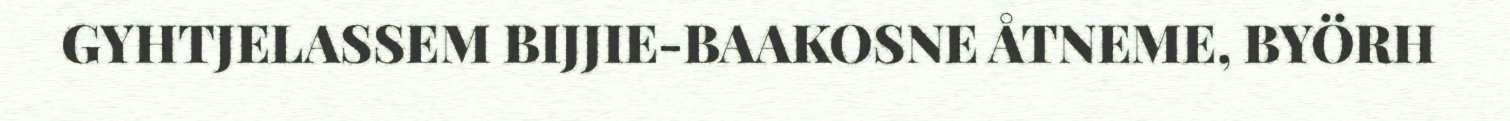
GYHTJELASSEM BIJJIE-BAAKOSNE ÅTNEME, BYÖRH